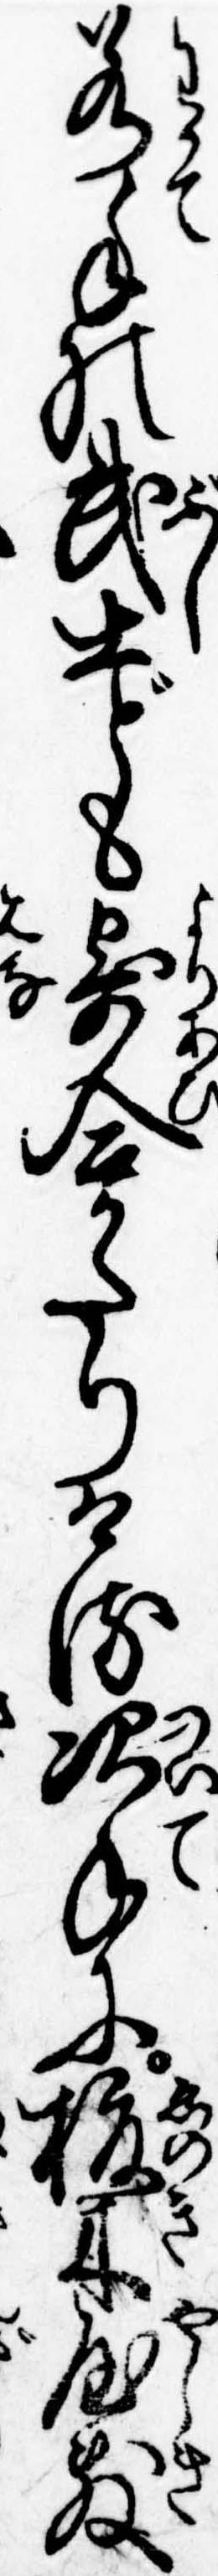
若手の武士ども寄合かたりける次手に榎木屋敷